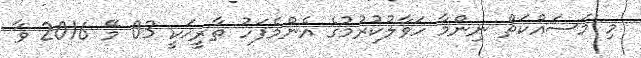
މި މަސައްކަތް ނިންމާ ހަވާލުކުރުމުގެ އެންމެފަހު ތާރީޚަކީ 03 މޭ 2016 ވާ